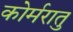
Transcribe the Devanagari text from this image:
कोर्मरातु